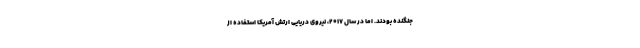
جنگنده بودند. اما در سال 2017، نیروی دریایی ارتش آمریکا استفاده از